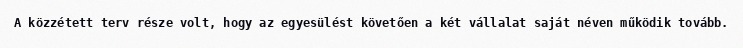
A közzétett terv része volt, hogy az egyesülést követően a két vállalat saját néven működik tovább.